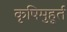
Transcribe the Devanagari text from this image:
कृषिमुहूर्त